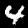
Digit: 4